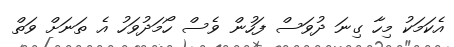
އެކަމަކު މިހާ ގިނަ ދުވަސް ފަހުން ވެސް ހޯމަދުވަހު އެ ތަނަށް ވަތް